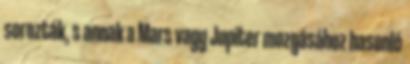
sorozták, s annak a Mars vagy Jupiter mozgásához hasonló